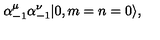
\alpha _ { - 1 } ^ { \mu } \alpha _ { - 1 } ^ { \nu } | 0 , m = n = 0 \rangle ,